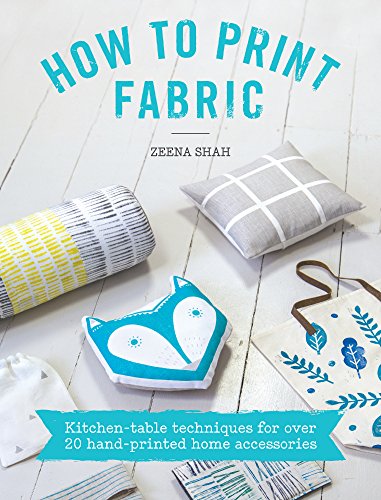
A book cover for How to Print Fabric: Kitchen-table Techniques for Over 20 Hand-printed Home Accessories; Zeena Shah; Crafts, Hobbies & Home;